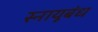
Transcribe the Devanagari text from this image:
स्नायूबंध